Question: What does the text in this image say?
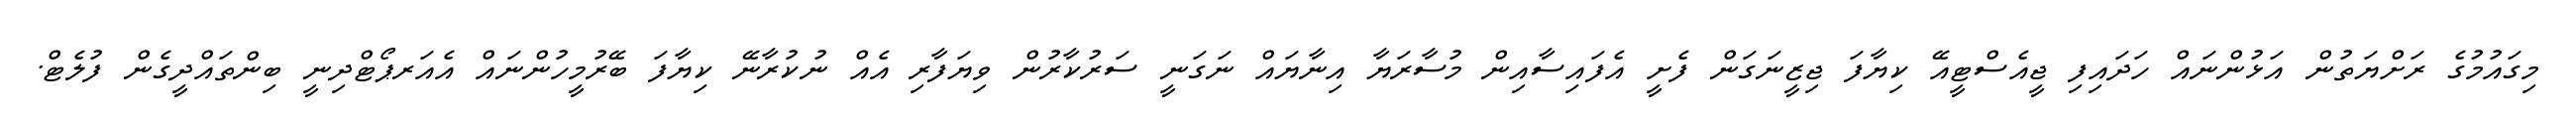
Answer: މިގައުމުގެ ރަށްޔަތުން އަޅުންނައް ހަދައިފި ޖީއެސްޓީއޭ ކިޔާފަ ޖިޒީނަގަން ފެށީ އެފައިސާއިން މުސާރަޔާ އިނާޔައް ނަގަނީ ސަރުކާރުން ވިޔަފާރި އެއް ނުކުރާނޭ ކިޔާފަ ބޭރުމީހުންނައް އެއަރޕޯޓްދިނީ ބިންތައްދީގެން ފުލެޓް.